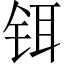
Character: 铒